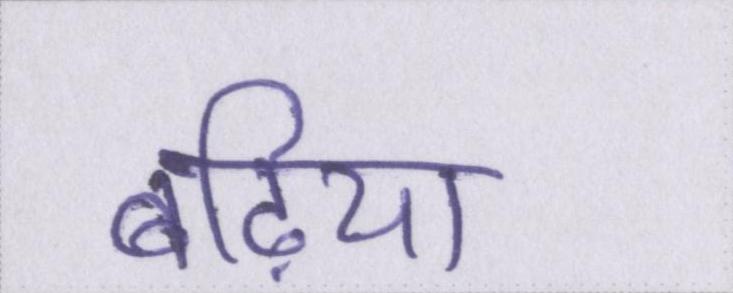
बढ़िया